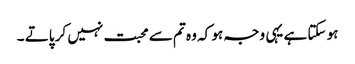
ہو سکتا ہے یہی وجہ ہو کہ وہ تم سے محبت نہیں کر پاتے ۔